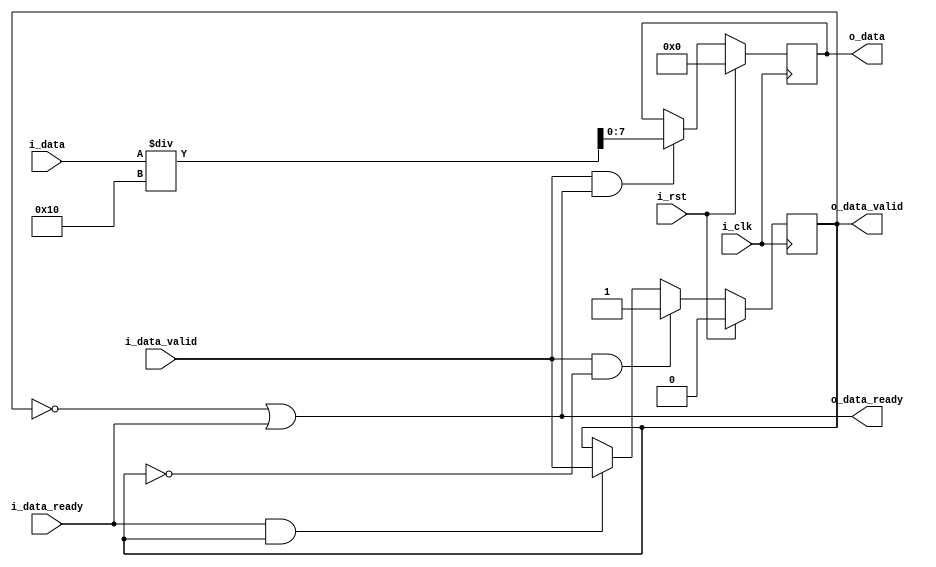
`timescale 1ns / 1ps
//////////////////////////////////////////////////////////////////////////////////
// Company: 
// Engineer: 
// 
// Design Name: 
// Module Name: pipe_stage_conv_gblur
// Project Name: 
// Target Devices: 
// Tool Versions: 
// Description: 
// 
// Dependencies: 
// 
// Revision:
// Revision 0.01 - File Created
// Additional Comments:
// 
//////////////////////////////////////////////////////////////////////////////////


module pipe_stage_conv_gblur(
    input i_clk,
    input i_rst,
    
    //upstream
    input [15:0]i_data,
    input i_data_valid,
    output o_data_ready,
    
    //downstream
    output [7:0]o_data,
    output o_data_valid,
    input i_data_ready

    );
    
   reg [7:0]convolved_data;
   reg valid_data;
   
   always @(posedge i_clk)
   begin
       if(i_rst)
       begin
           convolved_data <= 0;   
       end
       else
       begin
           if(i_data_valid & o_data_ready)
           begin
               convolved_data <= i_data/16;
           end
       end    
   end
   
   
   always @(posedge i_clk)
   begin
       if(i_rst)
           valid_data <= 0;
       else if(i_data_valid & !valid_data)
           valid_data <= 1;
       else if(i_data_ready & valid_data)
           valid_data <= i_data_valid; 
   end
   
   assign o_data_ready = ~valid_data | i_data_ready ;
   assign o_data_valid = valid_data; 
   
   assign o_data = convolved_data;
   
endmodule